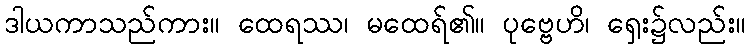
ဒါယကာသည်ကား။ ထေရဿ၊ မထေရ်၏။ ပုဗ္ဗေဟိ၊ ရှေး၌လည်း။